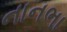
નાનભા